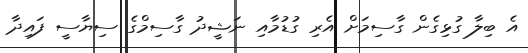
އެ ބިލާ ގުޅިގެން ގާސިމަށް އެރި ގުޑުމާއި ނަޝީދު ގާސިމްގެ ސިޔާސީ ފައިދާ